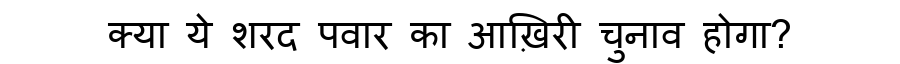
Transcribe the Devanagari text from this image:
क्या ये शरद पवार का आख़िरी चुनाव होगा?